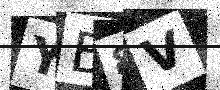
Text: YB8V